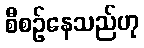
စီစဉ်နေသည်ဟု